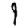
Digit: 9